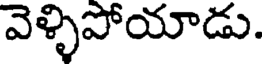
వెళ్ళిపోయాడు.